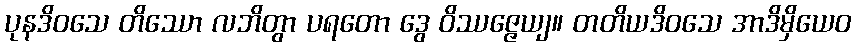
ပုနဒိဝသေ တိဿော လဘိတွာ ပရတော ဒွေ ဝိဿဇ္ဇေယျ။ တတိယဒိဝသေ အာဒိမှိယေဝ